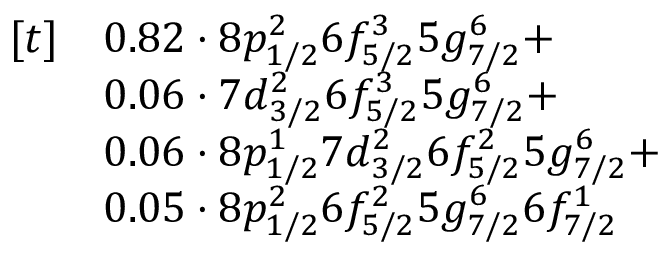
\begin{array} { r l } { [ t ] } & { 0 . 8 2 \cdot 8 p _ { 1 / 2 } ^ { 2 } 6 f _ { 5 / 2 } ^ { 3 } 5 g _ { 7 / 2 } ^ { 6 } + } \\ & { 0 . 0 6 \cdot 7 d _ { 3 / 2 } ^ { 2 } 6 f _ { 5 / 2 } ^ { 3 } 5 g _ { 7 / 2 } ^ { 6 } + } \\ & { 0 . 0 6 \cdot 8 p _ { 1 / 2 } ^ { 1 } 7 d _ { 3 / 2 } ^ { 2 } 6 f _ { 5 / 2 } ^ { 2 } 5 g _ { 7 / 2 } ^ { 6 } + } \\ & { 0 . 0 5 \cdot 8 p _ { 1 / 2 } ^ { 2 } 6 f _ { 5 / 2 } ^ { 2 } 5 g _ { 7 / 2 } ^ { 6 } 6 f _ { 7 / 2 } ^ { 1 } } \end{array}